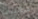
سألتنى